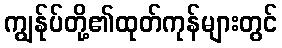
ကျွန်ုပ်တို့၏ထုတ်ကုန်များတွင်